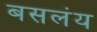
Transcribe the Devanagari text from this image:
बसलंय